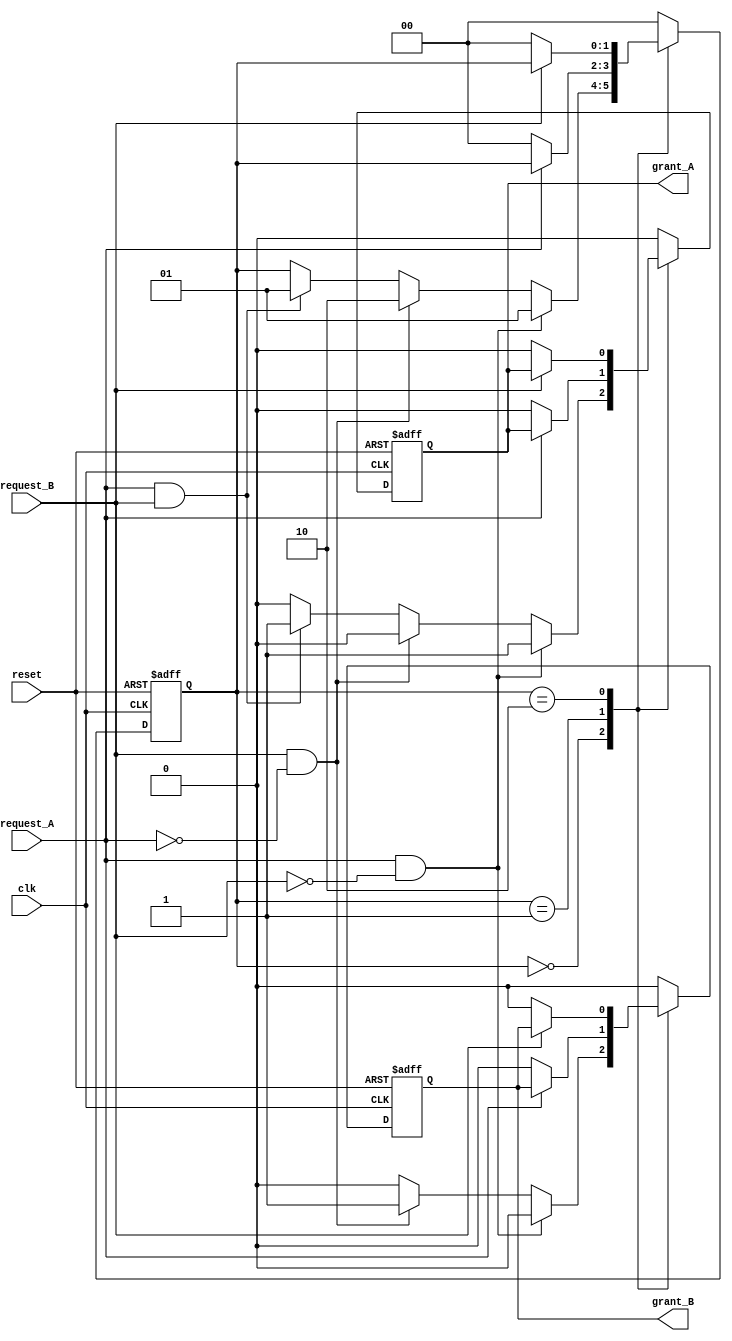
module mutual_exclusion_handshake (
    input wire clk,            // Clock signal
    input wire reset,          // Reset signal
    input wire request_A,      // Process A request signal
    input wire request_B,      // Process B request signal
    output reg grant_A,        // Process A grant signal
    output reg grant_B         // Process B grant signal
);

    // State to track which process has access
    reg [1:0] state; // 00: None, 01: A, 10: B

    // State encoding
    parameter IDLE = 2'b00;
    parameter GRANT_A = 2'b01;
    parameter GRANT_B = 2'b10;

    always @(posedge clk or posedge reset) begin
        if (reset) begin
            // On reset, clear all grants and set state to IDLE
            grant_A <= 0;
            grant_B <= 0;
            state <= IDLE;
        end else begin
            case (state)
                IDLE: begin
                    // Check requests and grant access accordingly
                    if (request_A && !request_B) begin
                        grant_A <= 1;
                        grant_B <= 0;
                        state <= GRANT_A;
                    end else if (request_B && !request_A) begin
                        grant_A <= 0;
                        grant_B <= 1;
                        state <= GRANT_B;
                    end else if (request_A && request_B) begin
                        // If both request, grant based on priority (A over B)
                        grant_A <= 1;
                        grant_B <= 0;
                        state <= GRANT_A;
                    end else begin
                        // No requests, maintain IDLE state
                        grant_A <= 0;
                        grant_B <= 0;
                    end
                end

                GRANT_A: begin
                    // Process A is granted access
                    if (!request_A) begin
                        // If A releases, go back to IDLE
                        grant_A <= 0;
                        grant_B <= 0;
                        state <= IDLE;
                    end
                end

                GRANT_B: begin
                    // Process B is granted access
                    if (!request_B) begin
                        // If B releases, go back to IDLE
                        grant_A <= 0;
                        grant_B <= 0;
                        state <= IDLE;
                    end
                end

                default: begin
                    // Fallback to IDLE on unexpected state
                    grant_A <= 0;
                    grant_B <= 0;
                    state <= IDLE;
                end
            endcase
        end
    end
endmodule